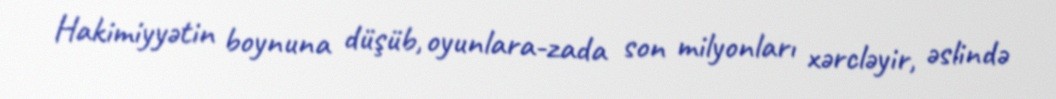
Hakimiyyətin boynuna düşüb, oyunlara-zada son milyonları xərcləyir, əslində